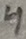
Text: 4